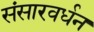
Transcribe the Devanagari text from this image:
संसारवर्धन